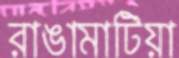
রাঙামাটিয়া